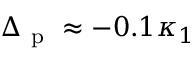
\Delta _ { \mathrm { ~ p ~ } } \approx - 0 . 1 \kappa _ { 1 }